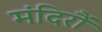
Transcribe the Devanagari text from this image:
मंदिरौं